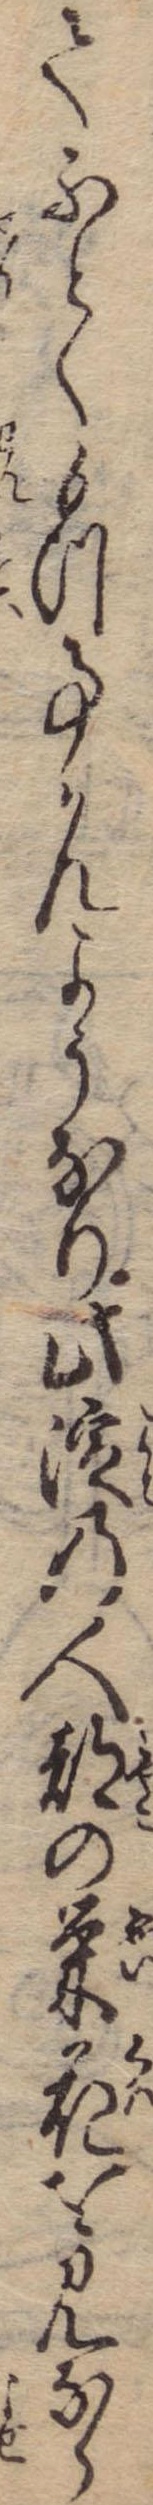
てふとくもつ事かんようなり此淀の人都の栄花を見なら